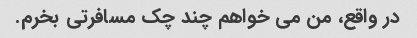
در واقع، من می خواهم چند چک مسافرتی بخرم.